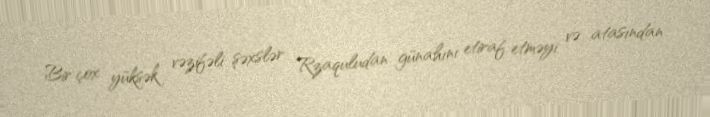
Bir çox yüksək vəzifəli şəxslər Rzaquludan günahını etiraf etməyi və atasından